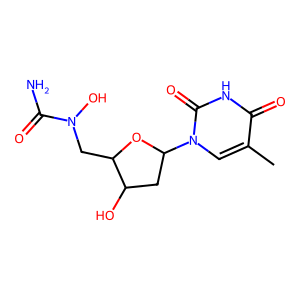
SMILES: Cc1cn(C2CC(O)C(CN(O)C(N)=O)O2)c(=O)[nH]c1=O
Inhibits HIV replication: No